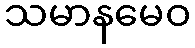
သမာနမေဝ